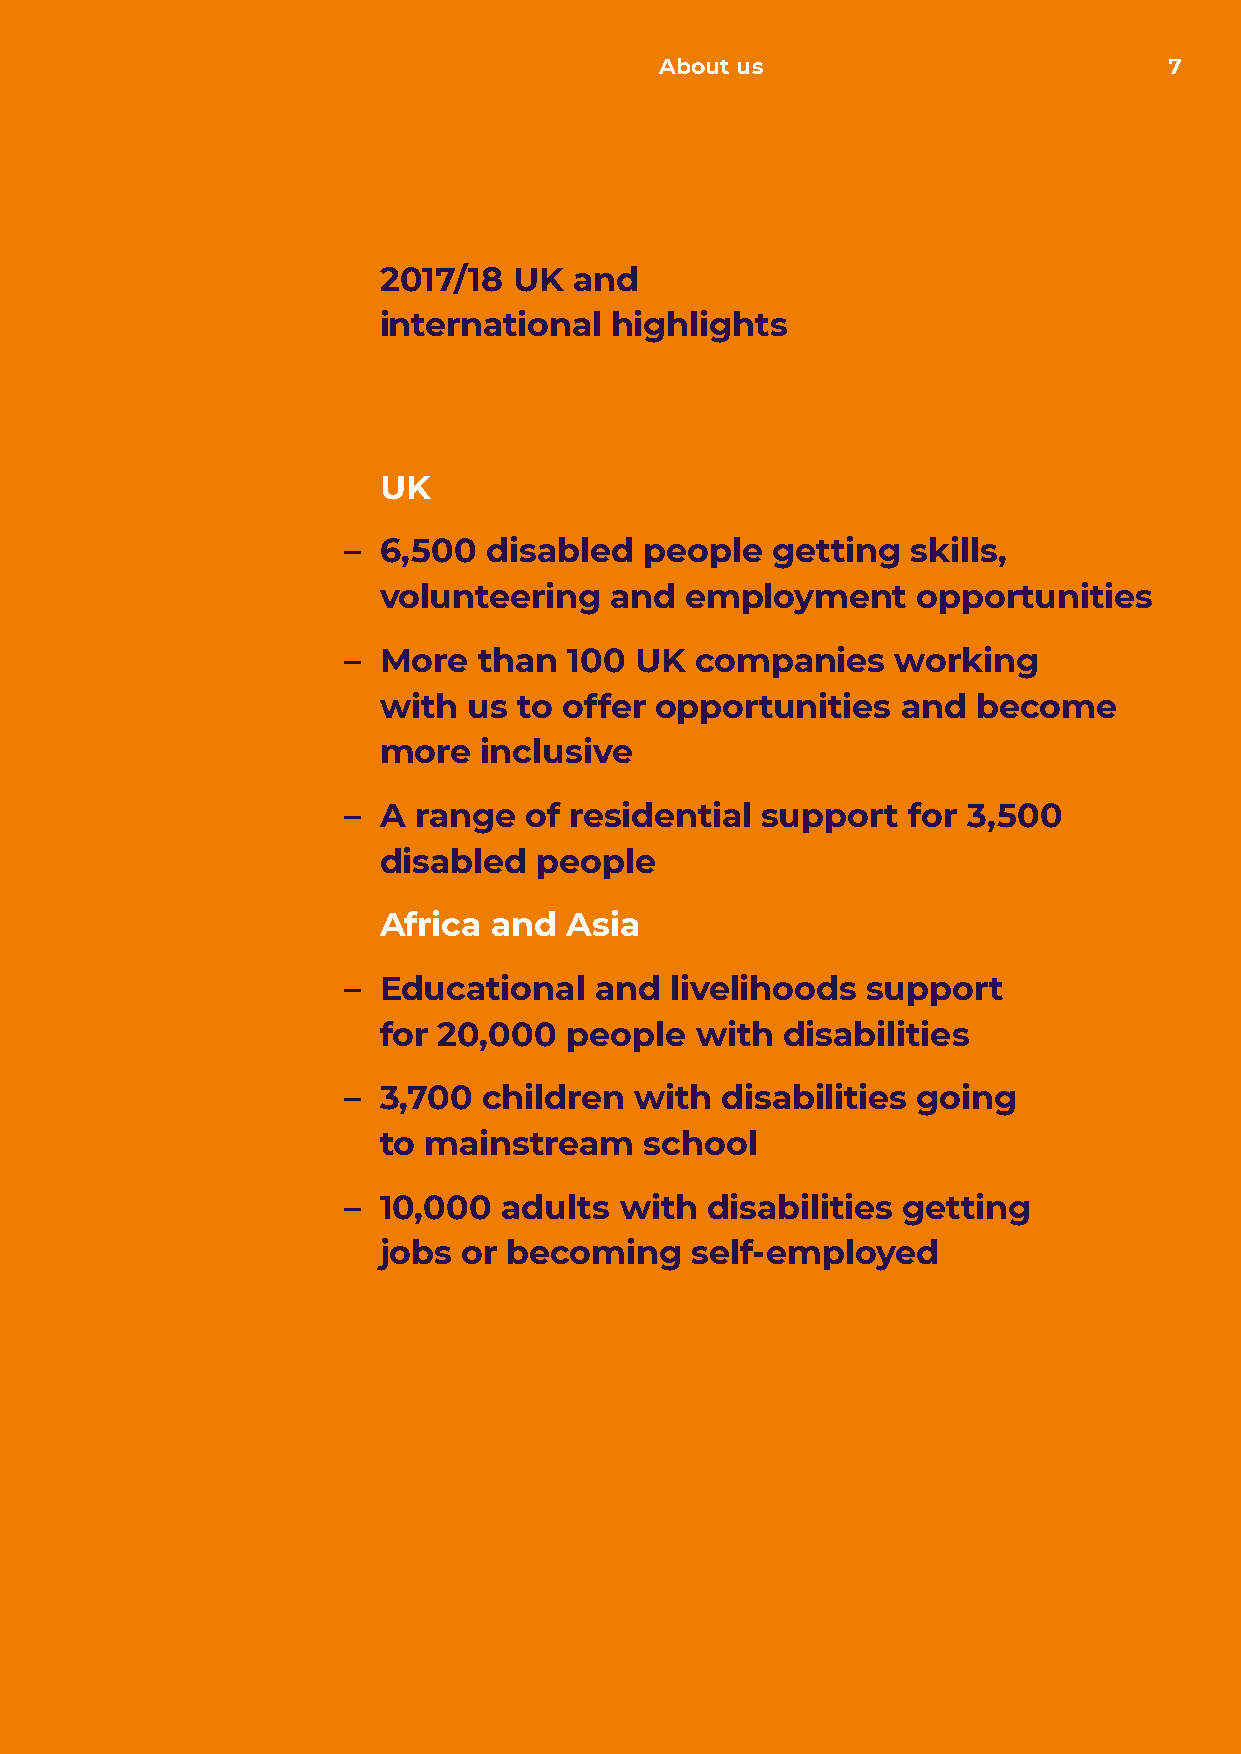
About us                         7
 2017/18  UK  and
 international  highlights
 UK
 – 6,500  disabled   people  getting  skills,
 volunteering   and  employment      opportunities
 – More   than  100 UK  companies    working
 with  us to offer opportunities    and  become
 more   inclusive
 – A range   of residential support   for 3,500
 disabled   people
 Africa and  Asia
 – Educational   and  livelihoods  support
 for 20,000   people  with  disabilities
 – 3,700  children  with  disabilities going
 to mainstream     school
 – 10,000  adults  with  disabilities getting
 jobs  or becoming    self-employed